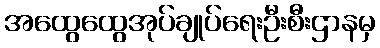
အထွေထွေအုပ်ချုပ်ရေးဦးစီးဌာနမှ